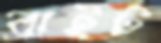
ব্রাইট